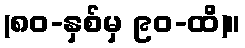
(၈၀-နှစ်မှ ၉၀-ထိ)။